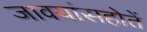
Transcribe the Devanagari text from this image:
जावयांसहोतें